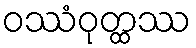
ဝဿံဝုတ္ထဿ